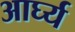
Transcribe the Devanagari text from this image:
आर्घ्य